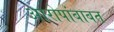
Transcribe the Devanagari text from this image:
आरोपांबाबत